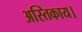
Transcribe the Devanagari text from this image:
अस्तिकाय।